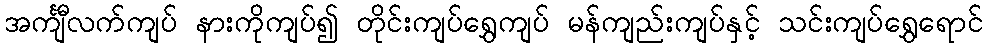
အင်္ကျီလက်ကျပ် နားကိုကျပ်၍ တိုင်းကျပ်ရွှေကျပ် မန်ကျည်းကျပ်နှင့် သင်းကျပ်ရွှေရောင်